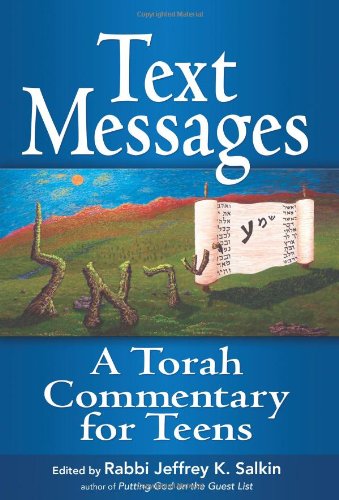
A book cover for Text Messages: A Torah Commentary for Teens; Religion & Spirituality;